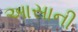
આસાની